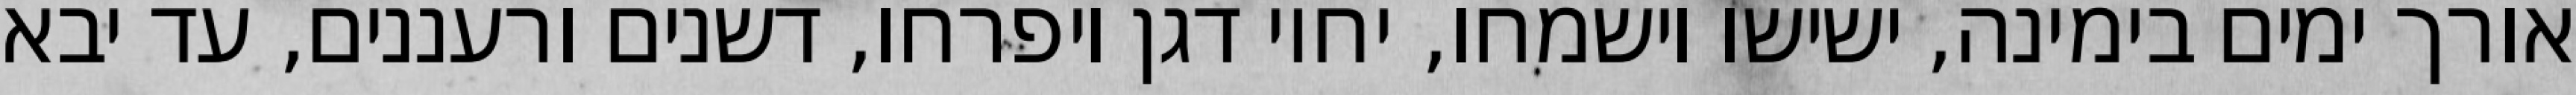
אורך ימים בימינה, ישישו וישמחו, יחיו דגן ויפרחו, דשנים ורעננים, עד יבא